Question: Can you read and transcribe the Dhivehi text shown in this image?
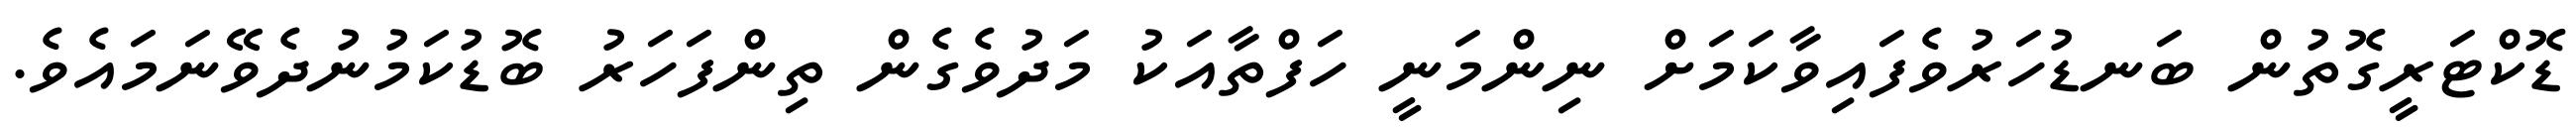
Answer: ޑޮކްޓަރީގޮތުން ބަނޑުހަރުވެފައިވާކަމަށް ނިންމަނީ ހަފްތާއަކު މަދުވެގެން ތިންފަހަރު ބޮޑުކަމުނުދެވޭނަމައެވެ.